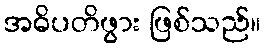
အဓိပတိဖွား ဖြစ်သည်။